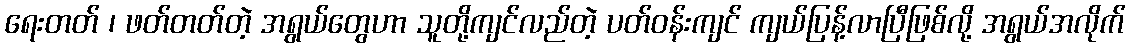
ရေးတတ် ၊ ဖတ်တတ်တဲ့ အရွယ်တွေဟာ သူတို့ကျင်လည်တဲ့ ပတ်ဝန်းကျင် ကျယ်ပြန့်လာပြီဖြစ်လို့ အရွယ်အလိုက်